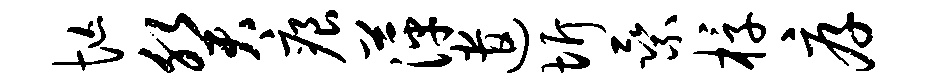
忙癸痕萍遣圻乘椁厚